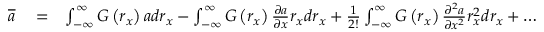
\begin{array} { r l r } { \overline { { { a } } } } & { { } = } & { \int _ { - \infty } ^ { \infty } G \left( r _ { x } \right) a d r _ { x } - \int _ { - \infty } ^ { \infty } G \left( r _ { x } \right) \frac { \partial a } { \partial x } r _ { x } d r _ { x } + \frac { 1 } { 2 ! } \int _ { - \infty } ^ { \infty } G \left( r _ { x } \right) \frac { \partial ^ { 2 } a } { \partial x ^ { 2 } } r _ { x } ^ { 2 } d r _ { x } + \dots } \end{array}